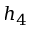
h _ { 4 }